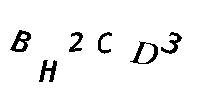
BH2CD3